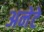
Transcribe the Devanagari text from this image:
अनेटे